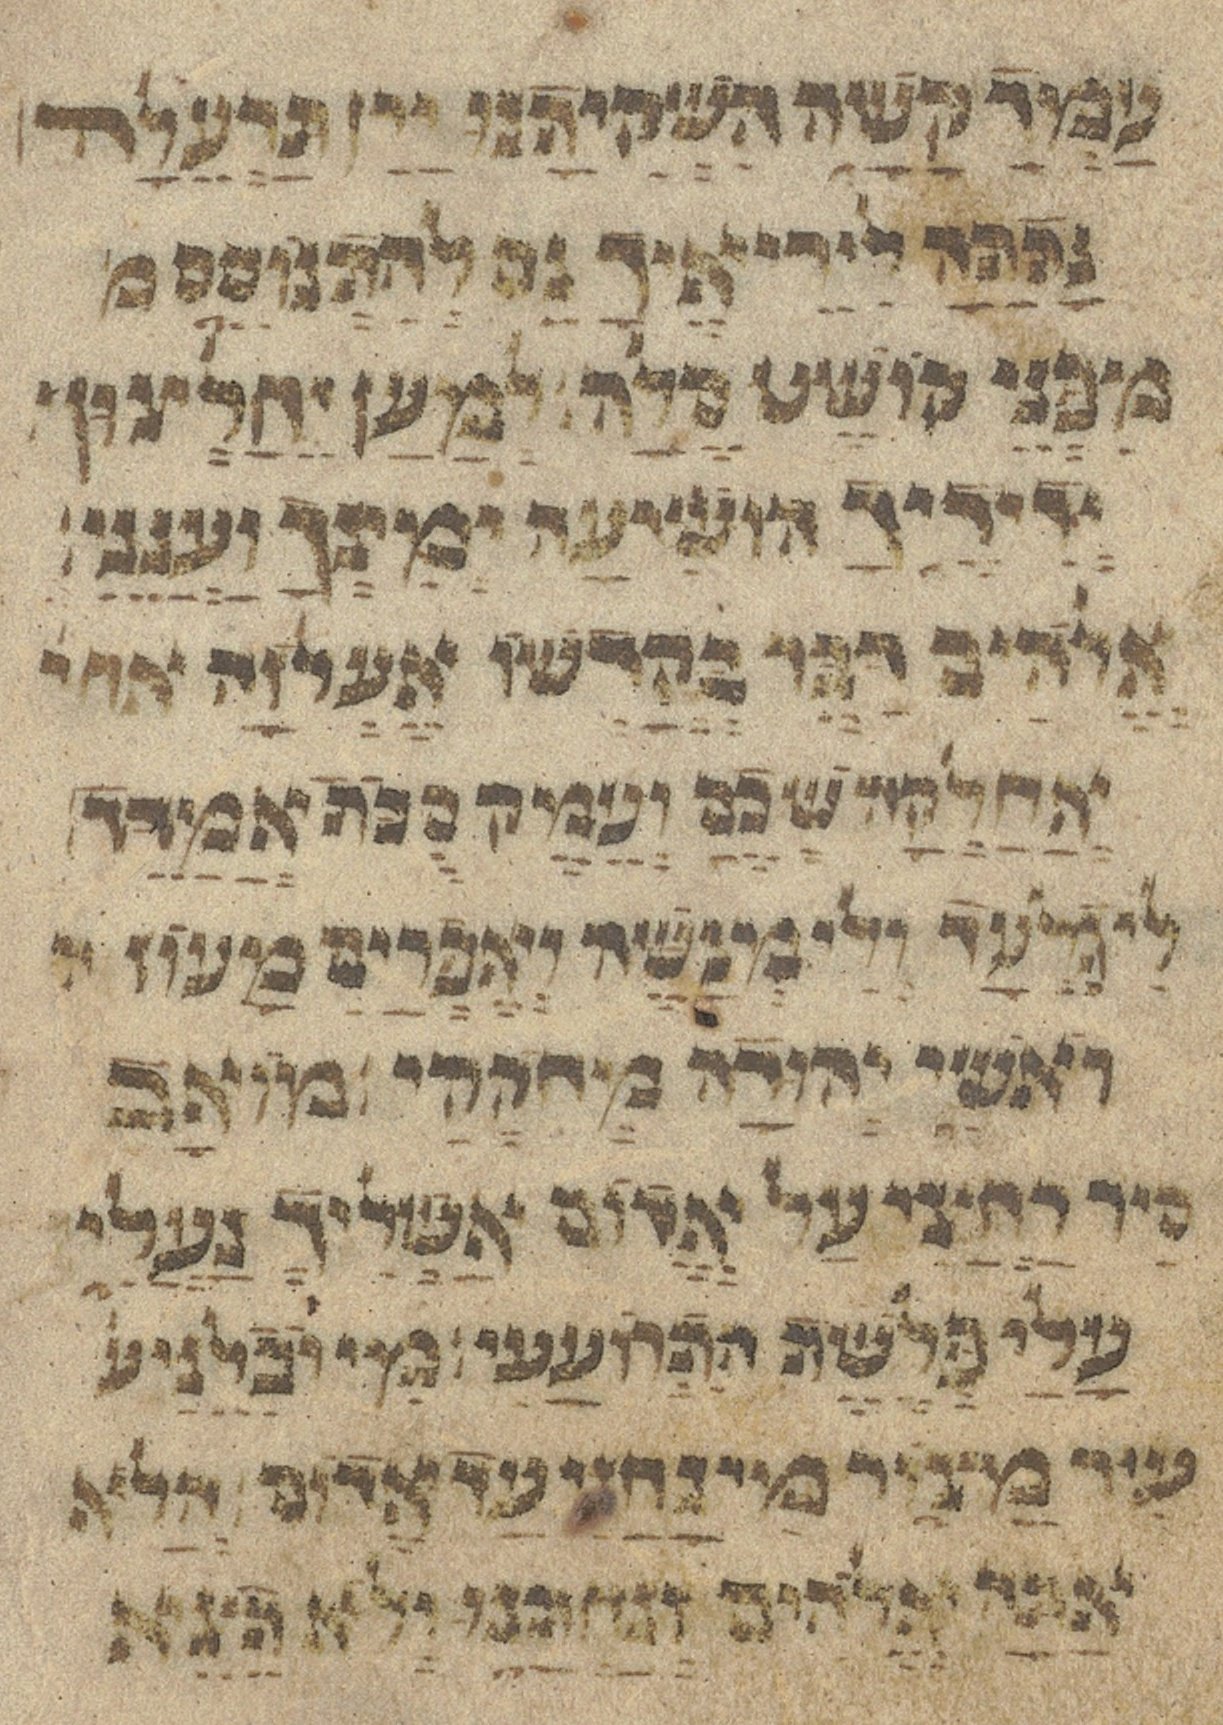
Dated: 1433–1433